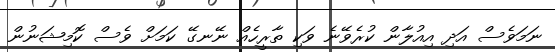
ނަމަވެސް އަދި އިއުލާން ކުރެވޭނެ ވަކި ތާރީހެއް ނޭނގޭ ކަމަށް ވެސް ކޮމިޝަނުން